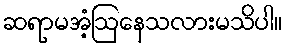
ဆရာမအံ့ဩနေသလားမသိပါ။